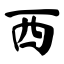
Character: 西